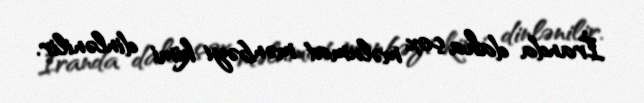
İranda daha çox məlumat mənbəyi kimi dinlənilir.